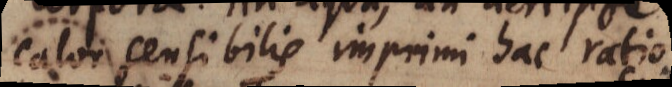
calor sensibilis imprimi hac ratio-